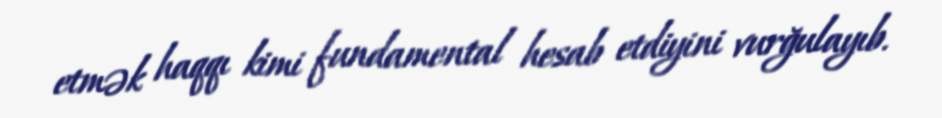
etmək haqqı kimi fundamental hesab etdiyini vurğulayıb.